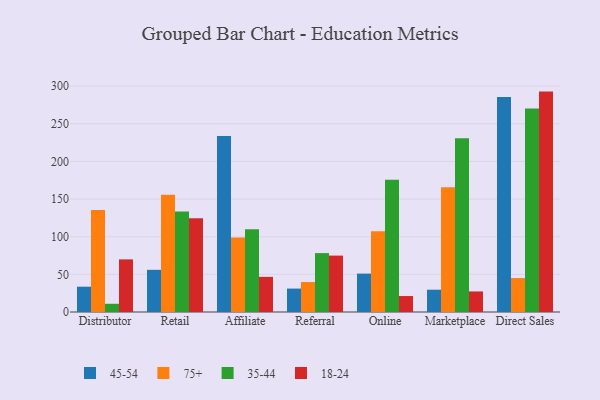
{"axis": {"x": "Channel", "y": "Customer Acquisition Cost (USD)"}, "legend": ["18-24", "35-44", "45-54", "75+"], "data": [{"x": "Distributor", "y": 33.6, "type": "45-54"}, {"x": "Distributor", "y": 135.4, "type": "75+"}, {"x": "Distributor", "y": 10.9, "type": "35-44"}, {"x": "Distributor", "y": 69.9, "type": "18-24"}, {"x": "Retail", "y": 56.0, "type": "45-54"}, {"x": "Retail", "y": 155.8, "type": "75+"}, {"x": "Retail", "y": 133.6, "type": "35-44"}, {"x": "Retail", "y": 124.5, "type": "18-24"}, {"x": "Affiliate", "y": 233.7, "type": "45-54"}, {"x": "Affiliate", "y": 99.0, "type": "75+"}, {"x": "Affiliate", "y": 109.9, "type": "35-44"}, {"x": "Affiliate", "y": 46.7, "type": "18-24"}, {"x": "Referral", "y": 31.1, "type": "45-54"}, {"x": "Referral", "y": 39.8, "type": "75+"}, {"x": "Referral", "y": 78.2, "type": "35-44"}, {"x": "Referral", "y": 74.9, "type": "18-24"}, {"x": "Online", "y": 51.0, "type": "45-54"}, {"x": "Online", "y": 107.2, "type": "75+"}, {"x": "Online", "y": 175.7, "type": "35-44"}, {"x": "Online", "y": 21.2, "type": "18-24"}, {"x": "Marketplace", "y": 29.6, "type": "45-54"}, {"x": "Marketplace", "y": 165.7, "type": "75+"}, {"x": "Marketplace", "y": 230.8, "type": "35-44"}, {"x": "Marketplace", "y": 27.3, "type": "18-24"}, {"x": "Direct Sales", "y": 285.5, "type": "45-54"}, {"x": "Direct Sales", "y": 45.1, "type": "75+"}, {"x": "Direct Sales", "y": 270.4, "type": "35-44"}, {"x": "Direct Sales", "y": 292.7, "type": "18-24"}]}